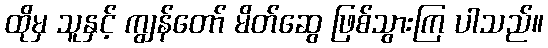
ထိုမှ သူနှင့် ကျွန်တော် မိတ်ဆွေ ဖြစ်သွားကြ ပါသည်။